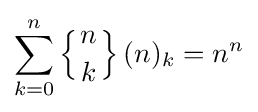
\sum _{k=0}^{n}\left\{{n \atop k}\right\}(n)_{k}=n^{n}